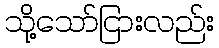
သို့သော်ငြားလည်း